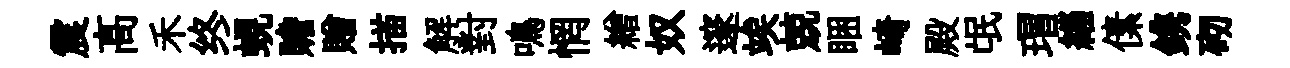
震髙禾终蜆贍贈描解對鳴惘繒奴邃竢兢睏崎殿氓瑁緇傃鎸砌